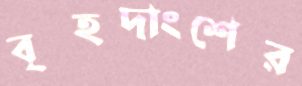
বৃহদাংশের